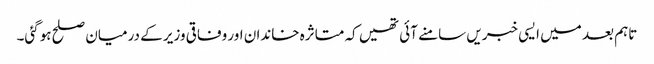
تاہم بعد میں ایسی خبریں سامنے آئی تھیں کہ متاثرہ خاندان اور وفاقی وزیر کے درمیان صلح ہوگئی۔